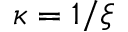
\kappa = 1 / \xi